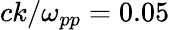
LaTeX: ck/\omega_{pp}=0.05